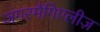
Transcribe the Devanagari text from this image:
जंगरमैगिएलीज़